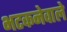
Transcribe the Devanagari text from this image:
भटकनेवाले